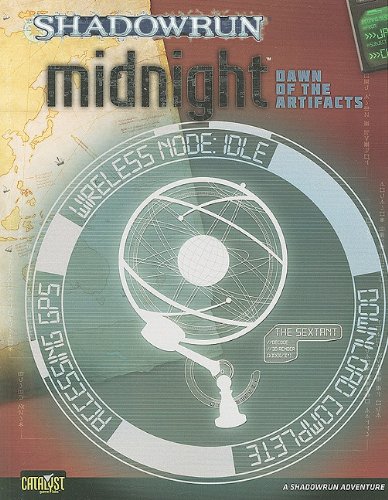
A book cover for Shadowrun Dawn of Artifacts Midnight 2 (Shadowrun (Catalyst)); Catalyst Game Labs; Science Fiction & Fantasy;